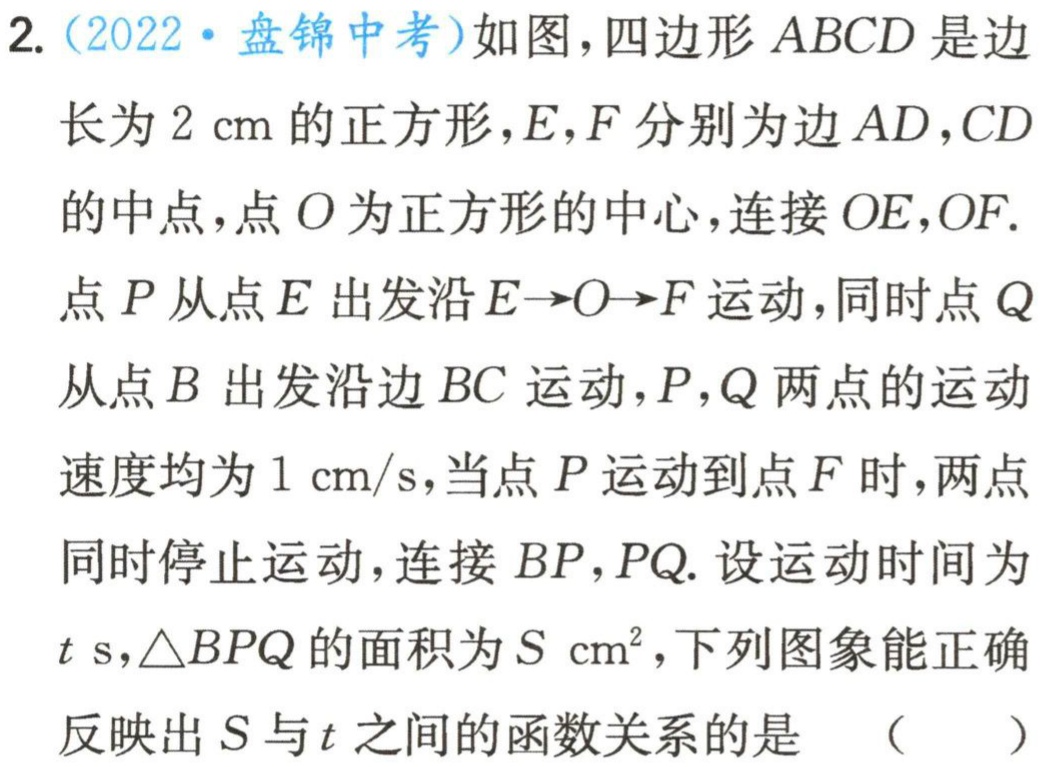
2.（2022·盘锦中考）如图，四边形 \(ABCD\) 是边
长为 \(2\mathrm{cm}\) 的正方形，\(E,F\) 分别为边 \(AD,CD\)
的中点，点 \(O\) 为正方形的中心，连接 \(OE,OF\).
点 \(P\) 从点 \(E\) 出发沿 \(E\rightarrow O\rightarrow F\) 运动，同时点 \(Q\)
从点 \(B\) 出发沿边 \(BC\) 运动，\(P,Q\) 两点的运动
速度均为 \(1\mathrm{cm/s}\)，当点 \(P\) 运动到点 \(F\) 时，两点
同时停止运动，连接 \(BP,PQ\). 设运动时间为
\(t\mathrm{ s}\)，\(\triangle BPQ\) 的面积为 \(S\mathrm{ cm}^2\)，下列图象能正确
反映出 \(S\) 与 \(t\) 之间的函数关系的是 （  ）